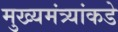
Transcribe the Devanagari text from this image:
मुख्यमंत्र्यांकडे